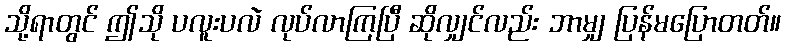
သို့ရာတွင် ဤသို ပလူးပလဲ လုပ်လာကြပြီ ဆိုလျှင်လည်း ဘာမျှ ပြန်မပြောတတ်။